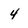
Character: 4